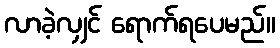
လာခဲ့လျှင် ရောက်ရပေမည်။